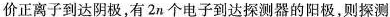
价正离子到达阴极，有2n个电子到达探测器的阳极。则探测